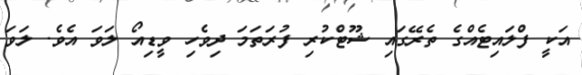
އަކީ ފްލައިޓެއްގެ ތެރޭގައި ޝޫޓްކުރި ފުރަތަމަ ދިވެހި ވީޑިއޯ ލަވަ އެވެ. ލަވަ